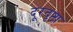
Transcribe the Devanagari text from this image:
दूरदृष्टा